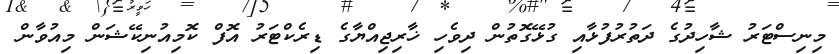
މިނިސްޓަރު ޝާހިދުގެ ދަތުރުފުޅާއި ގުޅޭގޮތުން ދިވެހި ޚާރިޖިއްޔާގެ ޑިރެކްޓަރު އޮފް ކޮމިއުނިކޭޝަން މިއުވާން